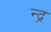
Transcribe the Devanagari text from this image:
न्द्र